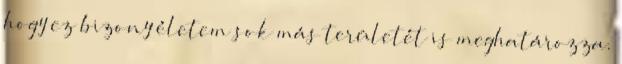
hogy ez bizony életem sok más területét is meghatározza.